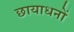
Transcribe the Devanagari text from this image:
छायाधनों